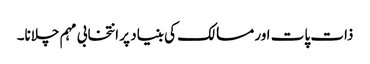
ذات پات اور مسالک کی بنیاد پر انتخابی مہم چلانا۔